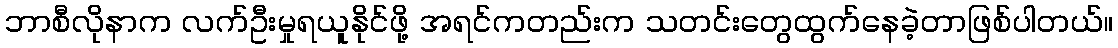
ဘာစီလိုနာက လက်ဦးမှုရယူနိုင်ဖို့ အရင်ကတည်းက သတင်းတွေထွက်နေခဲ့တာဖြစ်ပါတယ်။